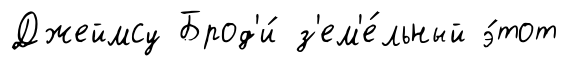
Джеймсу Брод'и́ з'ем'е́льный э́тот